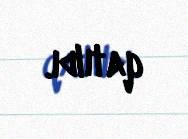
qatıldı.